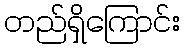
တည်ရှိကြောင်း